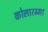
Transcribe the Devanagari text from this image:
कोलारम्मा